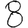
Digit: 8